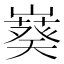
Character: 𫶙